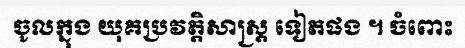
ចូលក្នុង យុគប្រវត្តិសាស្ត្រ ទៀតផង ។ ចំពោះ